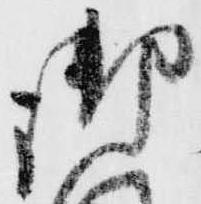
御